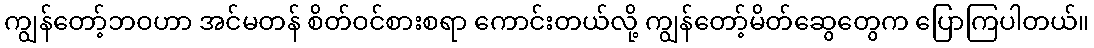
ကျွန်တော့်ဘဝဟာ အင်မတန် စိတ်ဝင်စားစရာ ကောင်းတယ်လို့ ကျွန်တော့်မိတ်ဆွေတွေက ပြောကြပါတယ်။